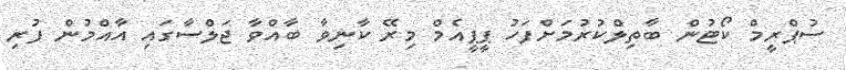
ސުޕްރީމް ކޯޓުން ބާތިލްކުރުމަށްފަހު ޕީޕީއެމް މިރޭ ކާނިވާ ބާއްވާ ޖަލްސާގައި އާއްމުން ފުރި